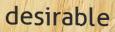
desirable